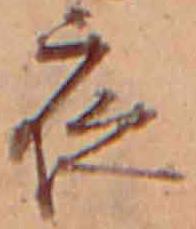
夜